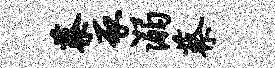
蔡豕溺蔡